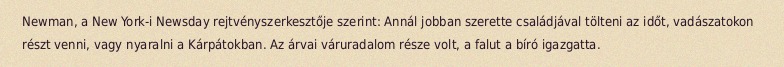
Newman, a New York-i Newsday rejtvényszerkesztője szerint: Annál jobban szerette családjával tölteni az időt, vadászatokon részt venni, vagy nyaralni a Kárpátokban. Az árvai váruradalom része volt, a falut a bíró igazgatta.